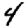
Digit: 4